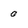
Character: 0